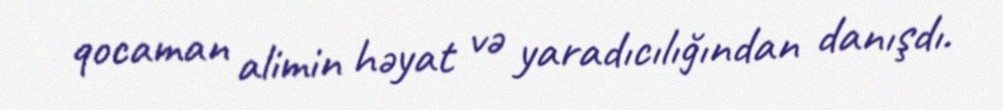
qocaman alimin həyat və yaradıcılığından danışdı.